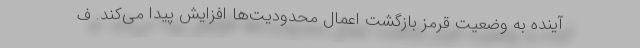
آینده به وضعیت قرمز بازگشت اعمال محدودیت‌ها افزایش پیدا می‌کند. ف